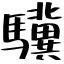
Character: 驥